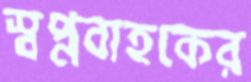
স্বপ্নবাহকের